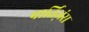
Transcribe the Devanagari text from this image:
पार्तिज़ंस